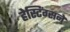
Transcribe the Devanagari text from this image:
हेस्टिंग्सने